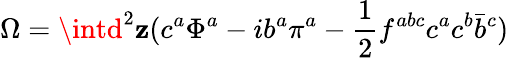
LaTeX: \Omega=\intd^{2}\mathbf{z}(c^{a}\Phi^{a}-ib^{a}\pi^{a}-\frac{{1}}{{2}}f^{abc}c^{a}c^{b}\bar{{b}}^{c})